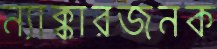
ন্যাক্কারজনক